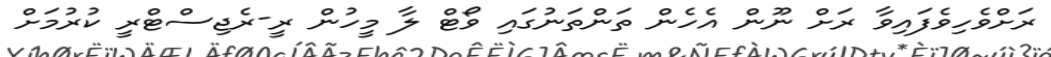
ރަށްވެހިވެފައިވާ ރަށް ނޫން އެހެން ތަންތަނުގައި ވޯޓް ލާ މީހުން ރީ-ރެޖިސްޓްރީ ކުރުމަށް